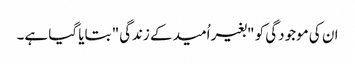
ان کی موجودگی کو "بغیر اُمید کے زندگی" بتایا گیا ہے۔